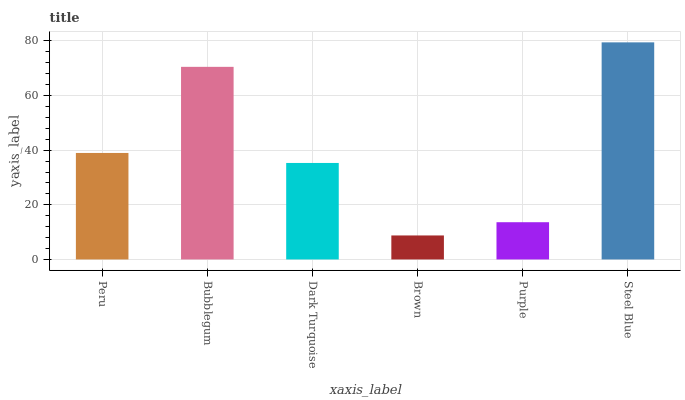
| xaxis_label | bars |
 | --- | --- |
 | Peru | 39 |
 | Bubblegum | 70.5 |
 | Dark Turquoise | 35.3 |
 | Brown | 8.79 |
 | Purple | 13.6 |
 | Steel Blue | 79.5 |